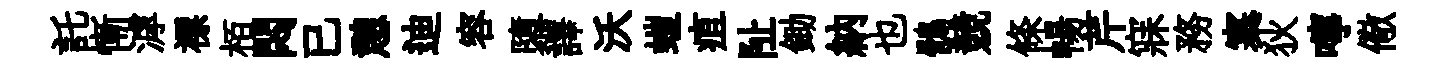
託慚滹褾栢悶已憩迪容隳譯沃螘疽阯鋤納也鶻競條暢芹寐務寨狄嚀儆